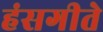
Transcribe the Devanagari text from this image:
हंसगीते